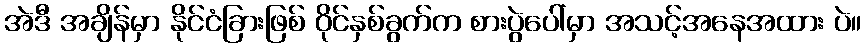
အဲဒီ အချိန်မှာ နိုင်ငံခြားဖြစ် ဝိုင်နှစ်ခွက်က စားပွဲပေါ်မှာ အသင့်အနေအထား ပဲ။